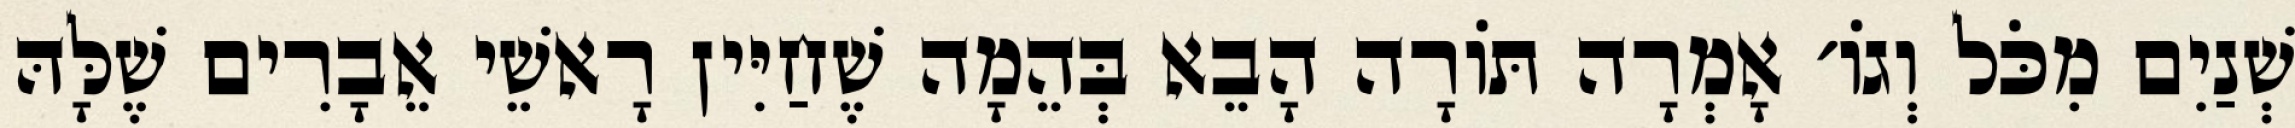
שְׁנַיִם מִכֹּל וְגוֹ׳ אָמְרָה תּוֹרָה הָבֵא בְּהֵמָה שֶׁחַיִּין רָאשֵׁי אֵבָרִים שֶׁלָּהּ